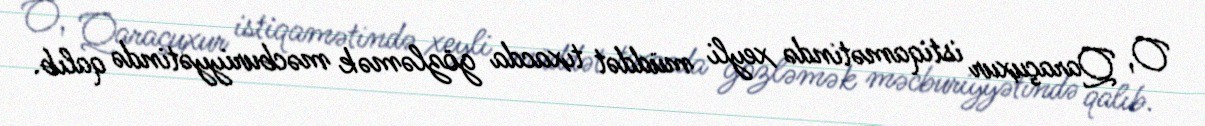
O, Qaraçuxur istiqamətində xeyli müddət tıxacda gözləmək məcburiyyətində qalıb.